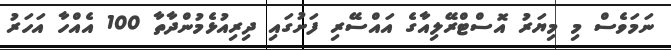
ނަމަވެސް މި މިޔަރު އޮސްޓްރޭލިއާގެ އައްސޭރި ފަށުގައި ދިރިއުޅެމުންދާތާ 100 އެއްހާ އަހަރު